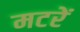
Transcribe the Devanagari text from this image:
मटरें